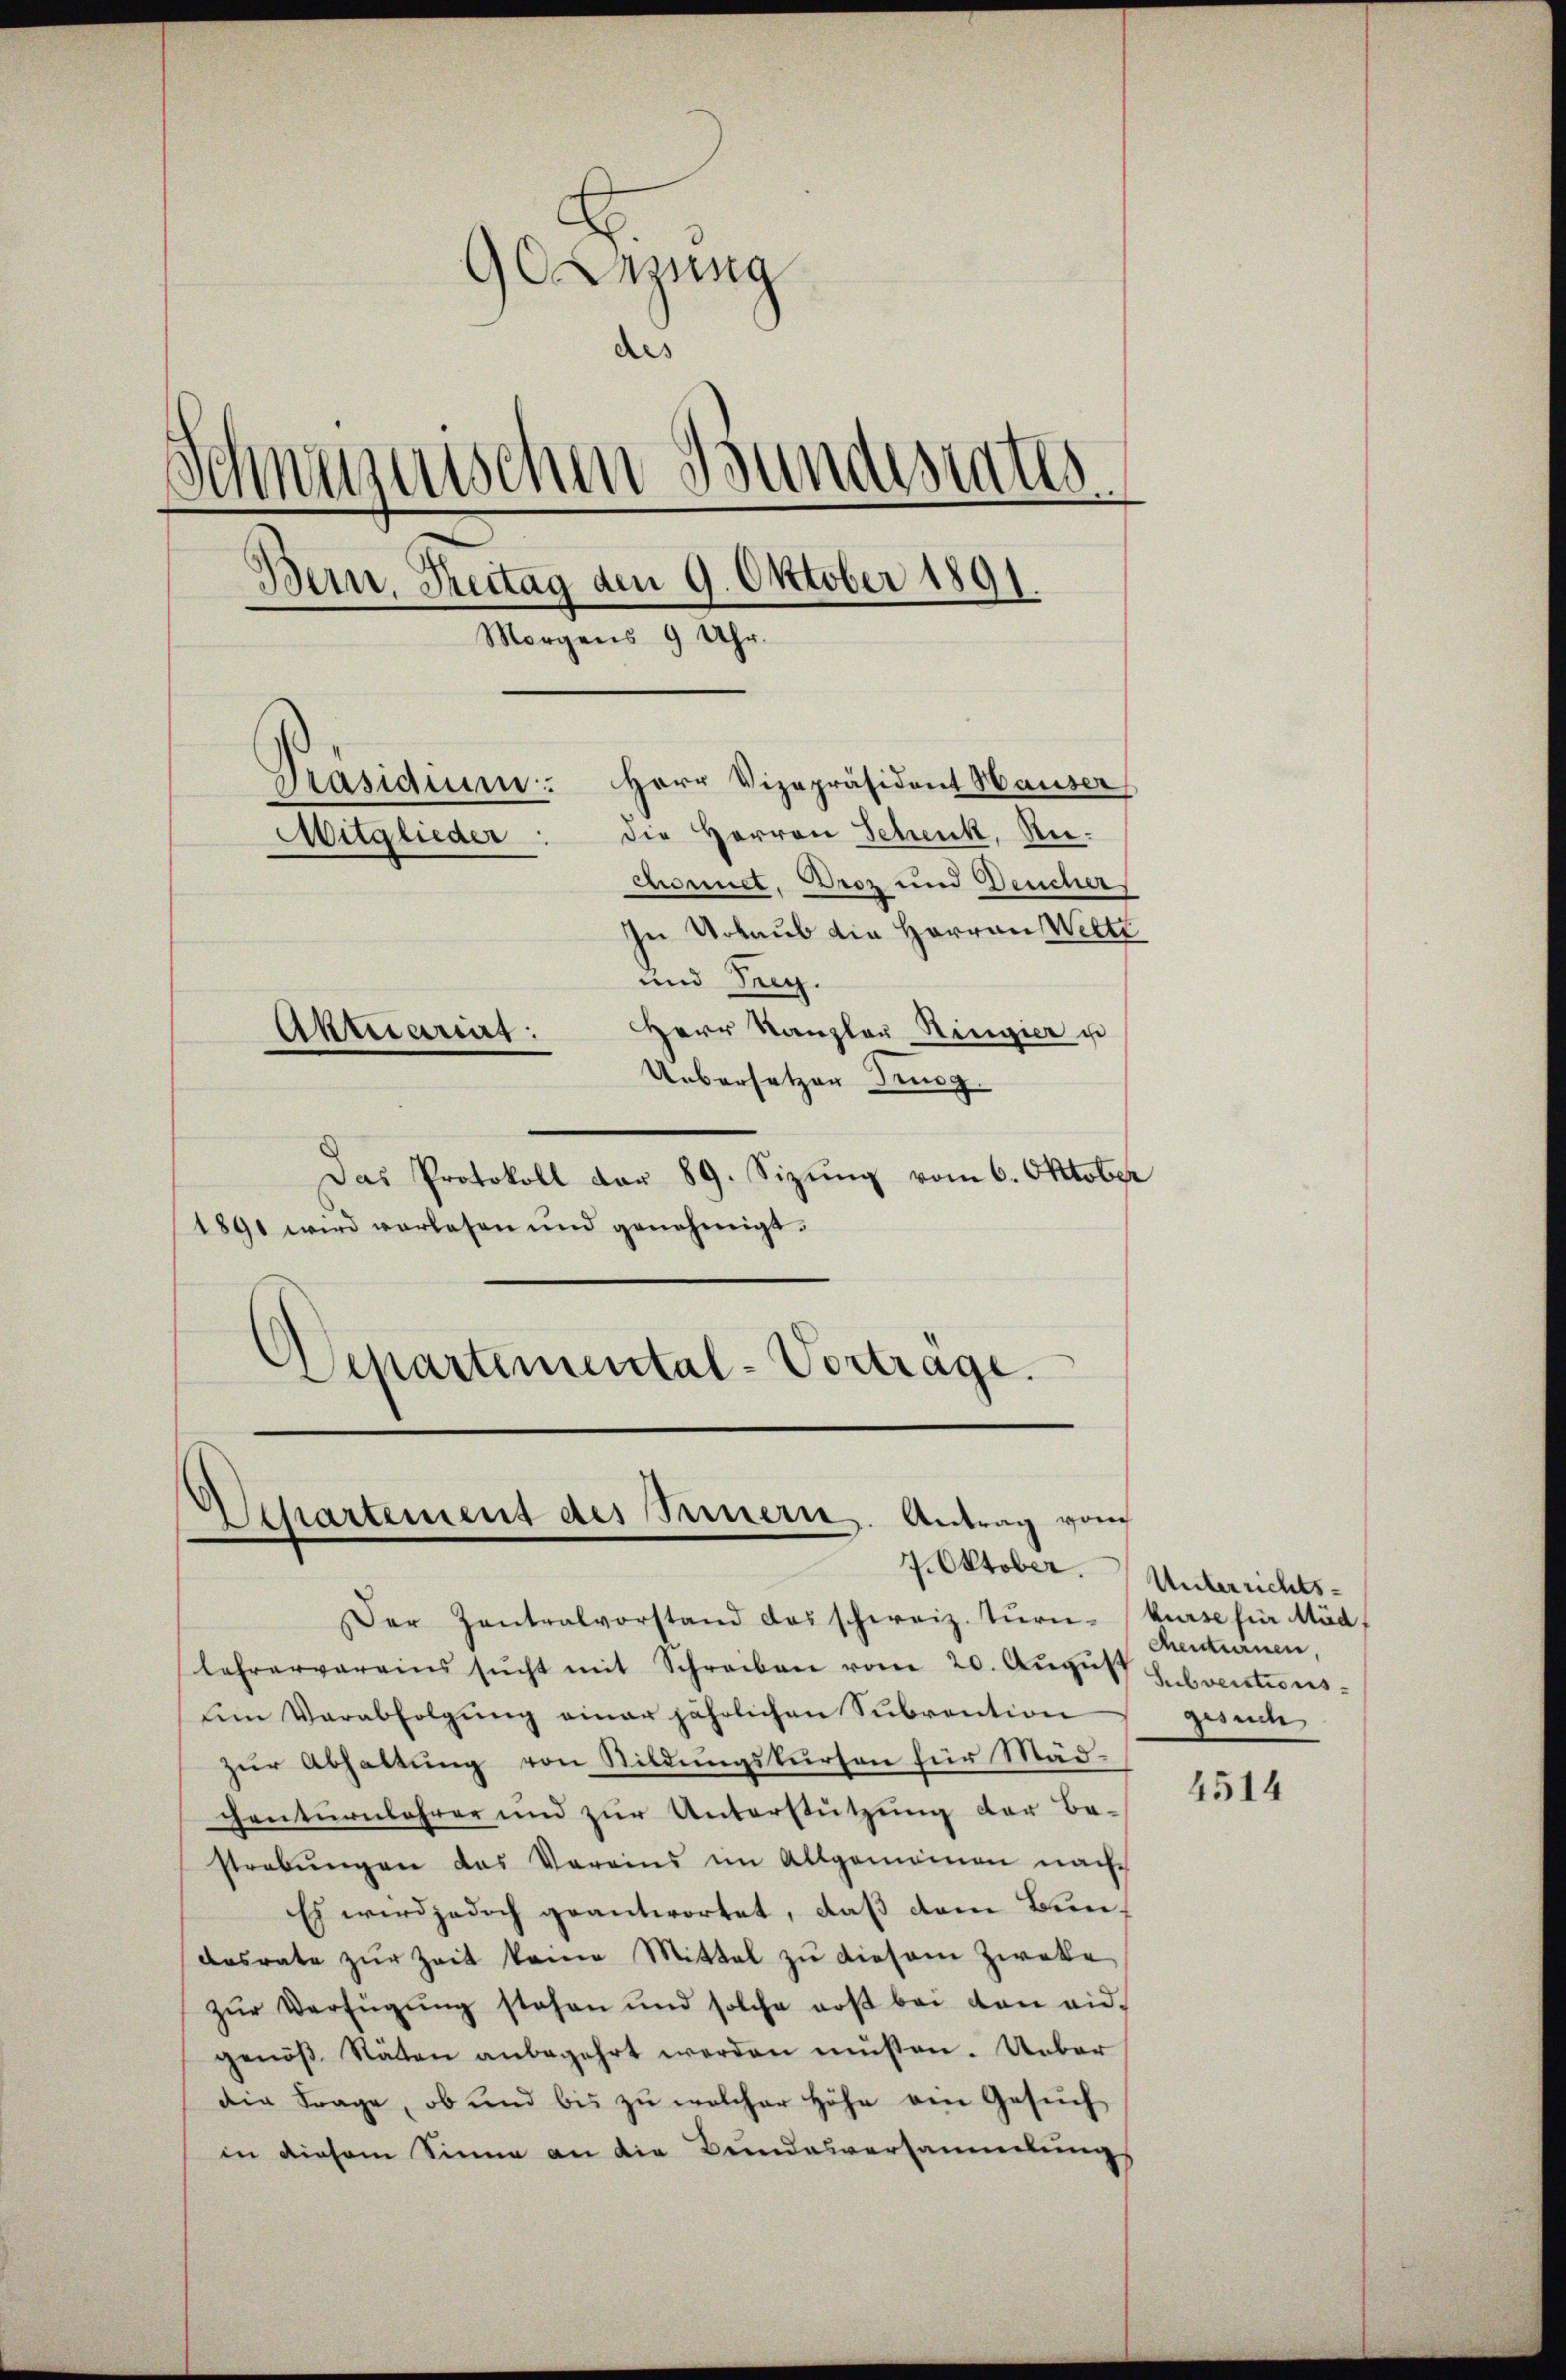
9 Lesung
des
Schnezuischen Bundestatus
Bern, Reitag den 9. Oktober 1891.
Morgens 9 Uhr.
Präsidium. Herr Vizepräsident Hauser
Mitglieder: die Herren Schenk, Rechonet. Droz und Deucher
In Urlaub die Herren Wette
und Teg.
Herr Kanzler Ringier u
Aktuarius:
Uebersetzen Trog

Das Protokoll dar 89. Sizŭng vom 6. Oktober
1891 wird vorlesen und genehmigt.
Departemental-Vertrage.

Departement des Innern. Antrag von
7. Oktober.

Der Zentralvorstand das schweiz. Tŭrn-
lehrervereins sŭcht mit Schreiben vom 20. Aŭgŭs Subventions-
um Verabfolgung einer jährlichen Subvention
zur Abhaltung von Bildungskursen für Mädgenturnlehrer und zur Unterstützung der Be-
strebungen das Vereins im Allgemeinen nach
Es wird jedoch geantwortet, daß dem Bundasrate zŭr Zeit keine Mittel zŭ diesem Zweke
zŭr Verfügŭng stehen und solche aus bei den eid-
genöβ Stäten anbegehrt werden müßen. Ueber
die Frage, ob und bis zu welcher Höhe ein Gesuch
in diesem Sinne an die Bundesversammlungs

Unterrichts-
kurse für Mäd
centurinen
punc

4514